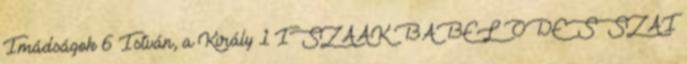
Imádságok 6 István, a Király 1 ISZAAK BABEL ODESSZAI